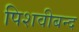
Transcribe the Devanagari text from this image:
पिशवीबन्द